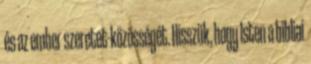
és az ember szeretet-közösségét. Hisszük, hogy Isten a bibliai